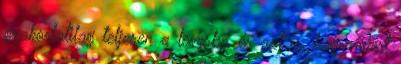
gyakorlatilag teljesen a levesbe, és azt is, hogy miért